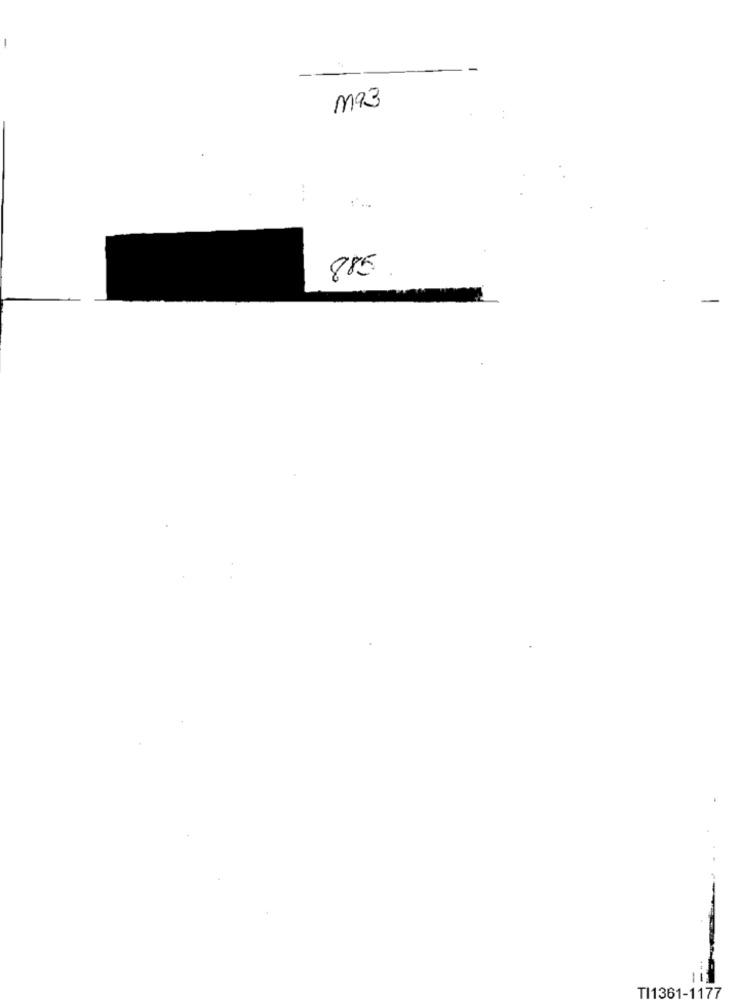
ma
885
TI1361-1177